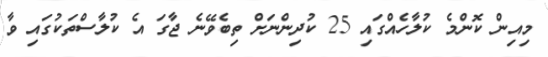
މިއިން ކޮންމެ ކުލާހެއްގައި 25 ކުދިންނަށް ތިބެވޭނެ ޖާގަ އެ ކުލާސްތަކުގައި ވާ